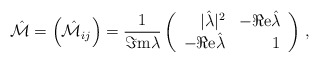
\begin{align*}\hat{\cal M}=\left(\hat{\cal M}_{ij}\right)=\frac{1}{\Im {\rm m}\lambda}\left(\begin{array}{rr}|\hat{\lambda}|^{2} & -\Re {\rm e}\hat{\lambda} \\-\Re {\rm e}\hat{\lambda} & 1 \\\end{array}\right)\, ,\end{align*}